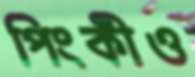
পিংকীও